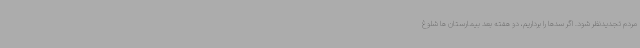
مردم تجدیدنظر شود. اگر سدها را برداریم، دو هفته بعد بیمارستان ها شلوغ